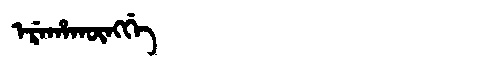
Manchu: ᡝᡵᡝᡥᠠᡴᡡᠩᡤᡝ
Romanization: EREHAKŪNGGE